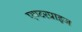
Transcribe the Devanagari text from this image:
एण्टरप्राइज